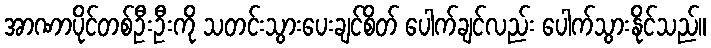
အာဏာပိုင်တစ်ဦးဦးကို သတင်းသွားပေးချင်စိတ် ပေါက်ချင်လည်း ပေါက်သွားနိုင်သည်။